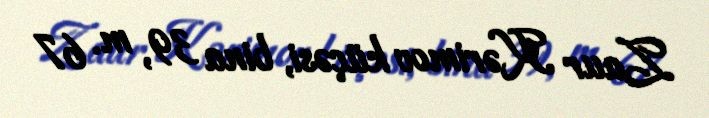
Zaur Kərimov küçəsi, bina 39, m. 67